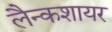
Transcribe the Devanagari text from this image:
लैन्कशायर